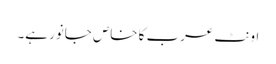
اونٹ عرب کا خاص جانور ہے۔